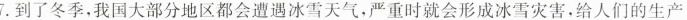
7.到了冬季，我国大部分地区都会遭遇冰雪天气，严重时就会形成冰雪灾害，给人们的生产